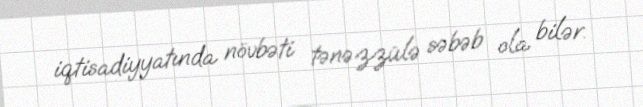
iqtisadiyyatında növbəti tənəzzülə səbəb ola bilər.